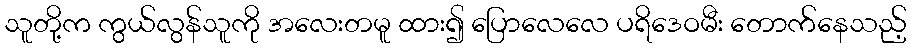
သူတို့က ကွယ်လွန်သူကို အလေးတမူ ထား၍ ပြောလေလေ ပရိဒေဝမီး တောက်နေသည့်